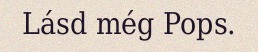
Lásd még Pops.